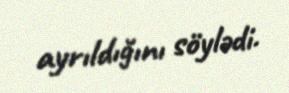
ayrıldığını söylədi.